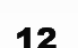
12